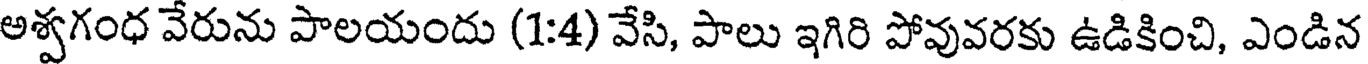
అశ్వగంధ వేరును పాలయందు (1:4) వేసి, పాలు ఇగిరి పోవువరకు ఉడికించి, ఎండిన